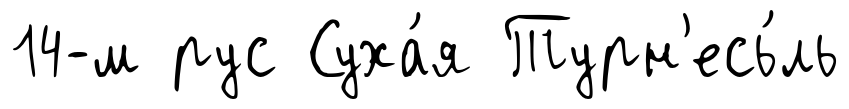
14-м рус Суха́я Турн'есь́ль